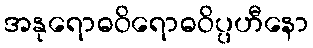
အနုရောဓဝိရောဓဝိပ္ပဟီနော